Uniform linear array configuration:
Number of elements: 12
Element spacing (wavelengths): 1
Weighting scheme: binomial
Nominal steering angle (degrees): -60
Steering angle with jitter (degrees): -61.383
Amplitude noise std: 0.05
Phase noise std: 0.05

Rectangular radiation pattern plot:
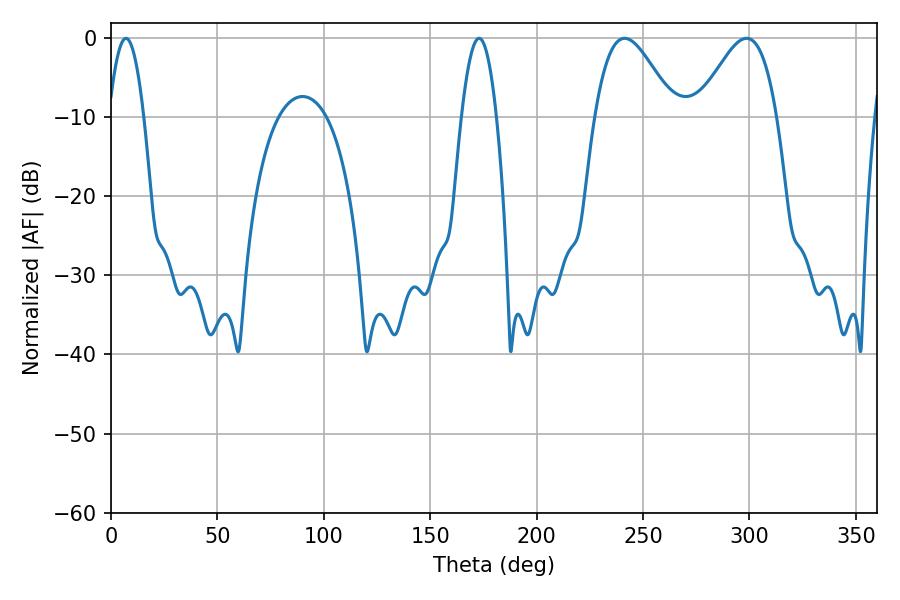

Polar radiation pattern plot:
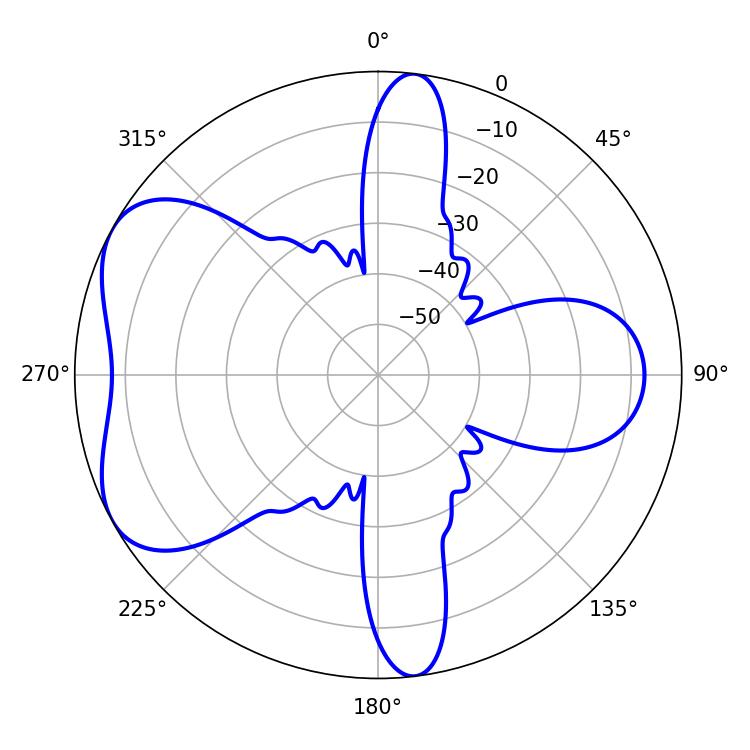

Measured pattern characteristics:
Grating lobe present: TRUE
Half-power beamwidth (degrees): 9
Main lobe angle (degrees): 7.02